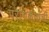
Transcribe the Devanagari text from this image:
परागकणांची